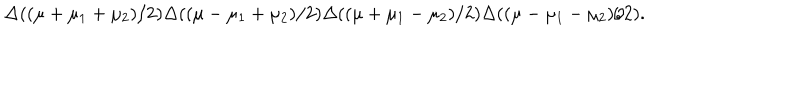
\Delta ( ( \mu + \mu _ { 1 } + \mu _ { 2 } ) / 2 ) \Delta ( ( \mu - \mu _ { 1 } + \mu _ { 2 } ) / 2 ) \Delta ( ( \mu + \mu _ { 1 } - \mu _ { 2 } ) / 2 ) \Delta ( ( \mu - \mu _ { 1 } - \mu _ { 2 } ) / 2 ) .